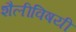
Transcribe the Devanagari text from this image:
शैलीविषयी